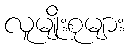
လူမျိုးစုများ